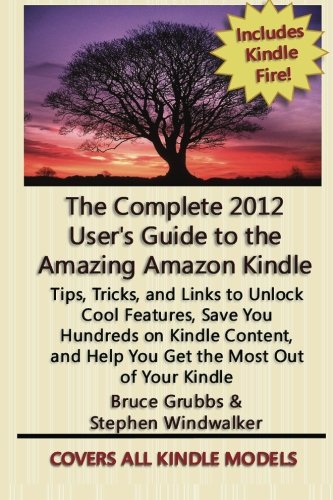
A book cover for The Complete 2012 User's Guide to the Amazing Amazon Kindle: Covers All Current Kindles; Stephen Windwalker; Computers & Technology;